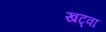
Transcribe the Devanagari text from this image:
खट्वा